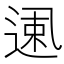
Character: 𱎌